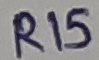
Text: R15